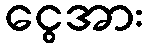
ငွေအား